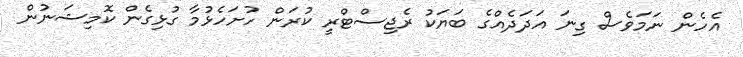
އެހެން ނަމަވެސް ގިނަ އަދަދެއްގެ ބަޔަކު ރެޖިސްޓްރީ ކުރަން ހުށަހެޅުމާ ގުޅިގެން ކޮމިޝަނުން